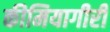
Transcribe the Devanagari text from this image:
कीमियागीरी